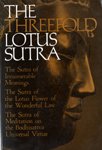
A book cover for Threefold Lotus Sutra; Bunno Kato; Religion & Spirituality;